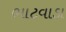
ભાટવાડા